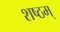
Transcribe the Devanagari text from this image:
शष्ठम्